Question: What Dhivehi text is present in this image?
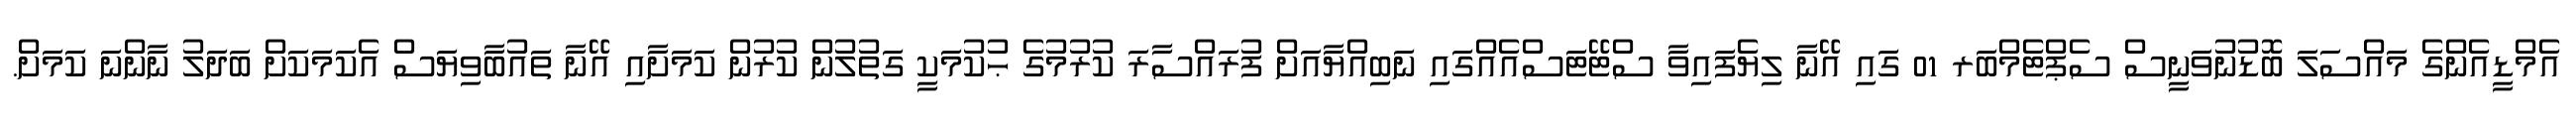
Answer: އެމްޑީއެންގެ މައްސަލަ ބޮޑުނުވަނީސް ސެޕްޓެމްބަރ 01 ގައި އޭނާ ލިޔެފައިވާ ސްޓޭޓަސްއެއްގައި ނަބިއްޔާއަށް ފުރައްސާރަ ކުރުމުގެ ޙުކުމަކީ ގަތުލުން ކުރުން ކަމަށާއި އޭނާ ތައުބާވިޔަސް އެކަމަކަށް ބަދަލު ނާންނަ ކަމަށް.